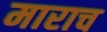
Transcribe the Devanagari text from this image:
माराच